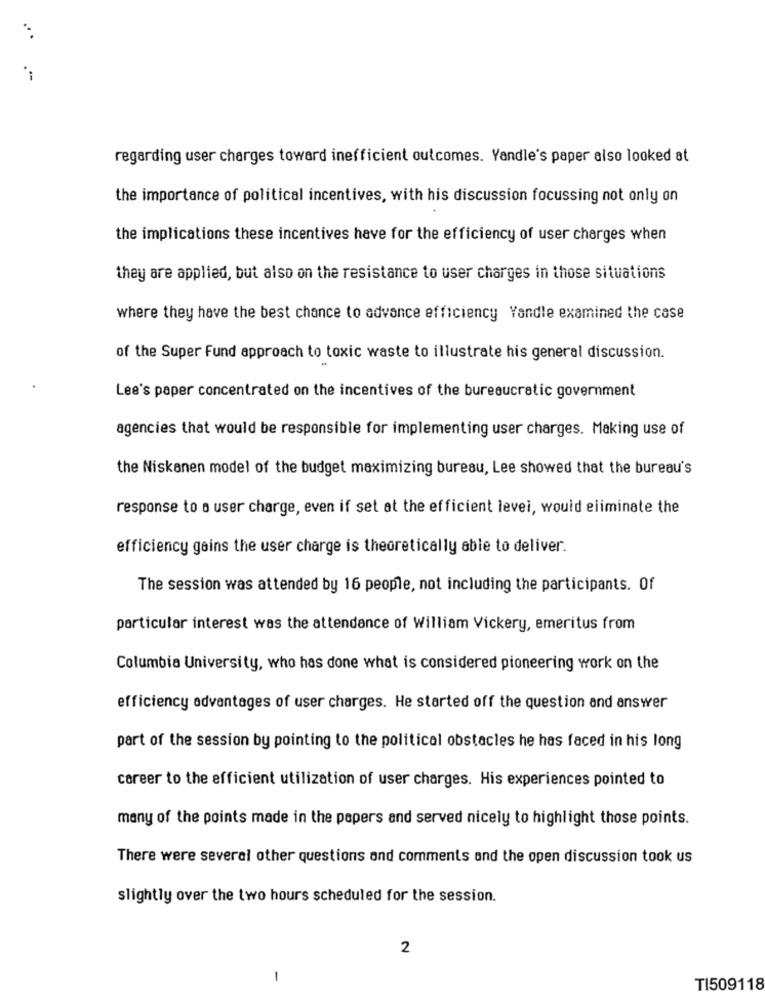
regarding user charges toward inefficient outcomes. Yandle's paper also looked at
the importance of political incentives, with his discussion focussing not only on
the implications these incentives have for the efficiency of user charges when
they are applied, but also on the resistance to user charges in those situations
where they have the best chance to advance efficiency Yandle examined the case
of the Super Fund approach to toxic waste to illustrate his general discussion.
Lee's paper concentrated on the incentives of the bureaucratic government
agencies that would be responsible for implementing user charges. Making use of
the Niskanen model of the budget maximizing bureau, Lee showed that the bureau's
response to a user charge, even if set at the efficient levei, would eliminate the
efficiency gains the user charge is theoretically able to deliver.
The session was attended by 16 people, not including the participants. Of
particular interest was the attendance of William Vickery, emeritus from
Columbia University, who has done what is considered pioneering work on the
efficiency advantages of user charges. He started off the question and answer
part of the session by pointing to the political obstacles he has faced in his long
career to the efficient utilization of user charges. His experiences pointed to
many of the points made in the papers and served nicely to highlight those points.
There were several other questions and comments and the open discussion took us
slightly over the two hours scheduled for the session.
2
-
TI509118